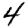
Digit: 4